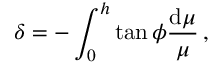
\delta = - \int _ { 0 } ^ { h } { \tan \phi { \frac { { \mathrm { d } } \mu } { \mu } } } \, ,